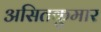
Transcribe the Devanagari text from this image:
असितकुमार